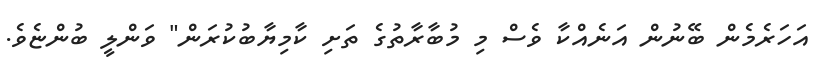
އަހަރެމެން ބޭނުން އަނެއްކާ ވެސް މި މުބާރާތުގެ ތަށި ކާމިޔާބުކުރަން" ވަންލީ ބުންޏެވެ.